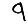
Digit: 9